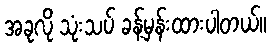
အခုလို သုံးသပ် ခန့်မှန်းထားပါတယ်။